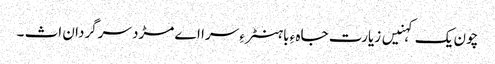
چون یک کہنیں زیارت جاہ ءِ باہنٹر ءِ سرا اے مڑد سرگردان اث ۔